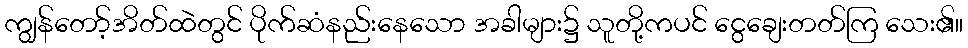
ကျွန်တော့်အိတ်ထဲတွင် ပိုက်ဆံနည်းနေသော အခါများ၌ သူတို့ကပင် ငွေချေးတတ်ကြ သေး၏။